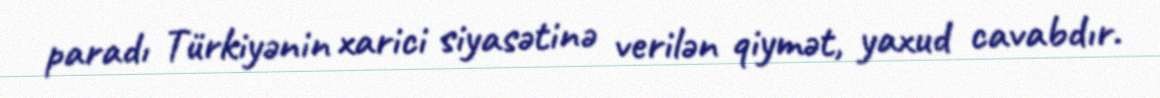
paradı Türkiyənin xarici siyasətinə verilən qiymət, yaxud cavabdır.